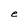
Character: e